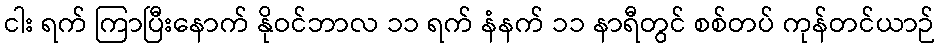
ငါး ရက် ကြာပြီးနောက် နိုဝင်ဘာလ ၁၁ ရက် နံနက် ၁၁ နာရီတွင် စစ်တပ် ကုန်တင်ယာဉ်